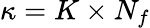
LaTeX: \kappa=K\times N_{f}